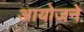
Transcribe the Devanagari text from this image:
आयोजने